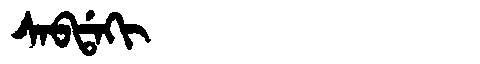
Manchu: ᠰᠠᠪᡩᠠᡴᡳ
Romanization: SABDAKI